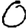
Digit: 0